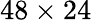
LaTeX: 48\times 24